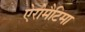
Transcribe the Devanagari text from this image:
ऐरोमैटिमा